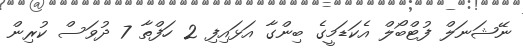
ނޭޝަނަލް ފުޓްބޯލް އެކަޑަމީގެ ބިންގާ އަޅައިފި 2 ހަފްތާ 7 ދުވަސް ކުރިން